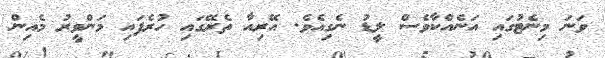
ވަނަ މިނެޓުގައި އަނެއްކާވެސް ލީޑު ނެގިއެވެ. އޭރިއާ ތެރޭގައި ހުރެފައި މަންވީރު މެއިން